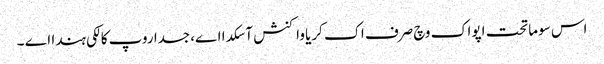
اس سوماتحت اپواک وچ صرف اک کریا واکنش آ سکدا اے، جسدا روپ کالکی ہندا اے ۔